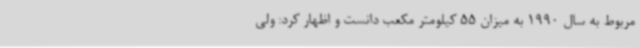
مربوط به سال 1990 به میزان 55 کیلومتر مکعب دانست و اظهار کرد: ولی